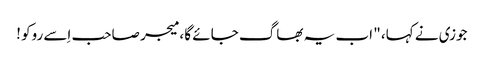
جوزی نے کہا، " اب یہ بھاگ جائے گا ، میجر صاحب اِسے روکو !